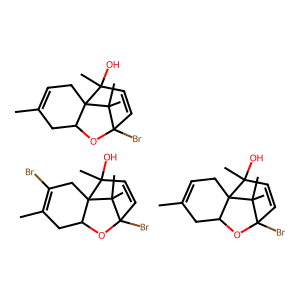
SMILES: CC1=C(Br)CC23C(C1)OC(Br)(C=CC2(C)O)C3(C)C.CC1=CCC23C(C1)OC(Br)(C=CC2(C)O)C3(C)C.CC1=CCC23C(C1)OC(Br)(C=CC2(C)O)C3(C)C
Inhibits HIV replication: No